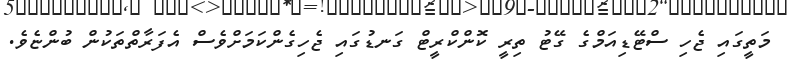
މަތީގައި ޖެހި ސްޓޭޑިއަމްގެ ގޭޓު ތިރީ ކޮންކްރީޓް ގަނޑުގައި ޖެހިގެންކަމަށްވެސް އެފަރާތްތަކުން ބުންޏެވެ.